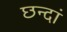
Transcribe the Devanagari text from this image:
छन्दां